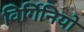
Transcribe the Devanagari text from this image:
विर्गिनियो